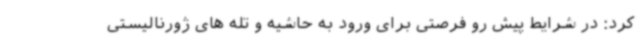
کرد: در شرایط پیش رو فرصتی برای ورود به حاشیه و تله های ژورنالیستی